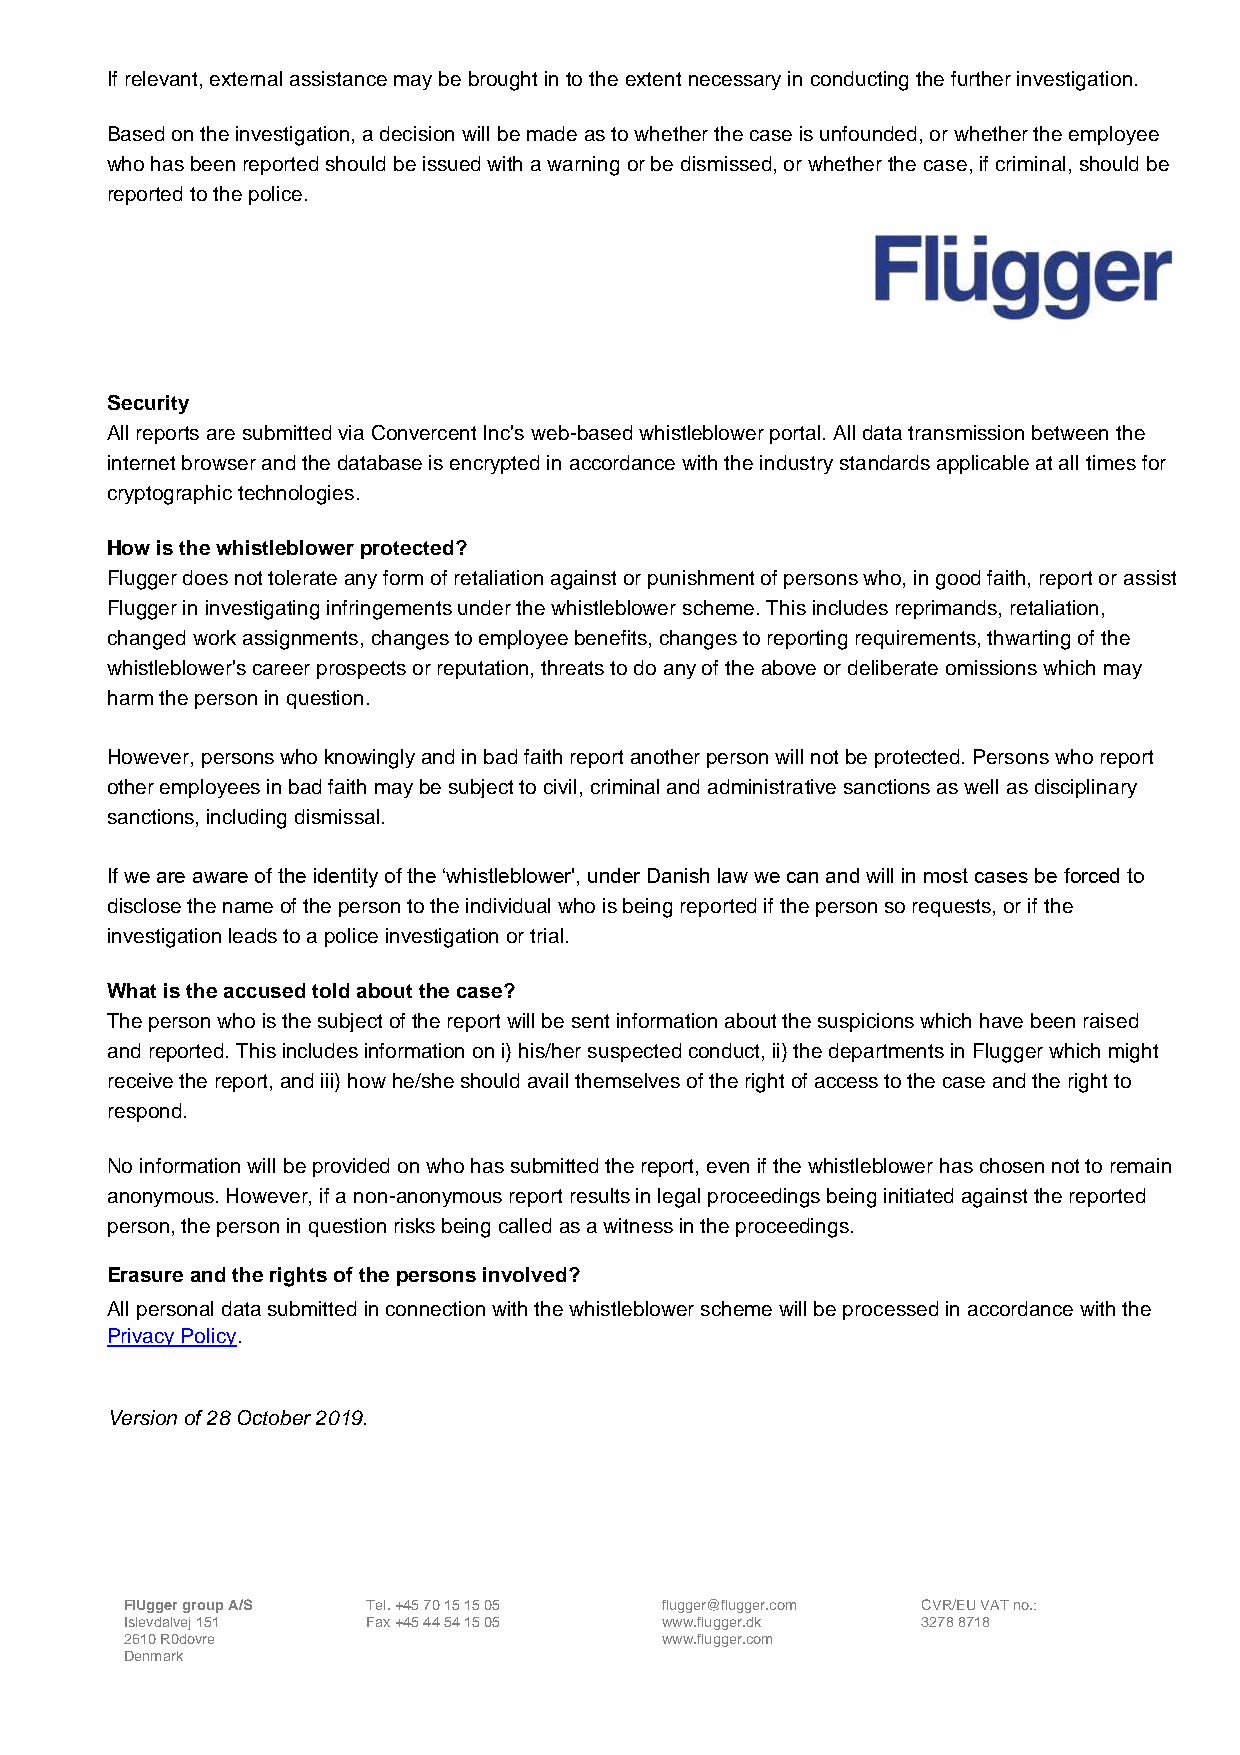
If relevant, external assistance may be brought in to the extent necessary in conducting the further investigation.
 Based on the investigation, a decision will be made as to whether the case is unfounded, or whether the employee
 who has been reported should be issued with a warning or be dismissed, or whether the case, if criminal, should be
 reported to the police.
 Security
 All reports are submitted via Convercent Inc's web-based whistleblower portal. All data transmission between the
 internet browser and the database is encrypted in accordance with the industry standards applicable at all times for
 cryptographic technologies.
 How is the whistleblower protected?
 Flugger does not tolerate any form of retaliation against or punishment of persons who, in good faith, report or assist
 Flugger in investigating infringements under the whistleblower scheme. This includes reprimands, retaliation,
 changed work assignments, changes to employee benefits, changes to reporting requirements, thwarting of the
 whistleblower's career prospects or reputation, threats to do any of the above or deliberate omissions which may
 harm the person in question.
 However, persons who knowingly and in bad faith report another person will not be protected. Persons who report
 other employees in bad faith may be subject to civil, criminal and administrative sanctions as well as disciplinary
 sanctions, including dismissal.
 If we are aware of the identity of the ‘whistleblower', under Danish law we can and will in most cases be forced to
 disclose the name of the person to the individual who is being reported if the person so requests, or if the
 investigation leads to a police investigation or trial.
 What is the accused told about the case?
 The person who is the subject of the report will be sent information about the suspicions which have been raised
 and reported. This includes information on i) his/her suspected conduct, ii) the departments in Flugger which might
 receive the report, and iii) how he/she should avail themselves of the right of access to the case and the right to
 respond.
 No information will be provided on who has submitted the report, even if the whistleblower has chosen not to remain
 anonymous. However, if a non-anonymous report results in legal proceedings being initiated against the reported
 person, the person in question risks being called as a witness in the proceedings.
 Erasure and the rights of the persons involved?
 All personal data submitted in connection with the whistleblower scheme will be processed in accordance with the
 Privacy Policy.
 Version of 28 October 2019.
 FlUgger group A/S Tel. +45 70 15 15 05 flugger@flugger.com CVR/EU VAT no.:
 Islevdalvej 151 Fax +45 44 54 15 05 www.flugger.dk   3278 8718
 2610 R0dovre                        www.flugger.com
 Denmark